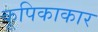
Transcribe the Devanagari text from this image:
कूपिकाकार